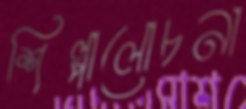
শিল্পালোচনা